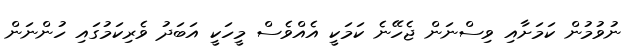
ނުވުމުން ކަމަށާއި ވިސްނަން ޖެހޭނެ ކަމަކީ އެއްވެސް މީހަކީ އަބަދު ވެރިކަމުގައި ހުންނަން